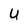
Character: U